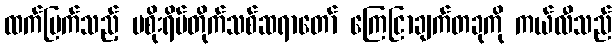
ထက်မြက်သည့် မစိုးရိမ်တိုက်သစ်ဆရာတော် ကြေငြာချက်တခုကို ကယ်လီသည်